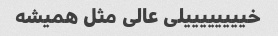
خییییییییلی عالی مثل همیشه